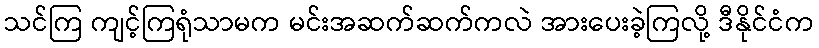
သင်ကြ ကျင့်ကြရုံသာမက မင်းအဆက်ဆက်ကလဲ အားပေးခဲ့ကြလို့ ဒီနိုင်ငံက